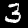
Digit: 3